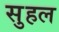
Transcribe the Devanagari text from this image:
सुहल